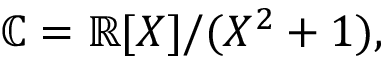
\mathbb { C } = \mathbb { R } [ X ] / ( X ^ { 2 } + 1 ) ,